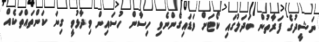
ނަޝީދުގެ ފަރާތުން ބަދަލުގައި ކޯޓަށް ވަޑައިގެންނެވި ހިސާން ހުސައިން ވިދާޅުވީ ގިނަ ކަންތައްތަކެއް